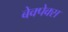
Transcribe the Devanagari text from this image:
बेक्पेक्स